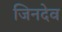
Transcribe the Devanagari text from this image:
जिनदेव